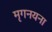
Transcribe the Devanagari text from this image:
मृगनयना